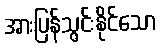
အားပြန်သွင်းနိုင်သော